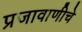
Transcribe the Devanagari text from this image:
प्रजावाणीचे